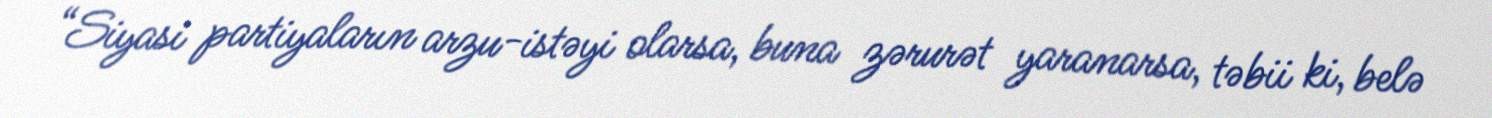
“Siyasi partiyaların arzu-istəyi olarsa, buna zərurət yaranarsa, təbii ki, belə